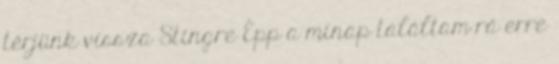
térjünk vissza Stingre Épp a minap találtam rá erre